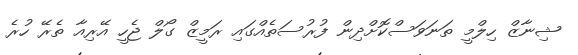
ޝިނާޒް ހިލްމީ ތަނަވަސްކޮށްދިން ފުރުސަތެއްގައި ރަމީޒް ގޯލް ޖެހީ އޭރިއާ ތެރޭ ހުރެ